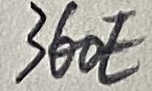
Text: 360E